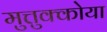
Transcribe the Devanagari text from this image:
मुत्तुक्कोया